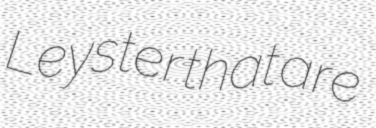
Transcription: Leyster that are